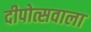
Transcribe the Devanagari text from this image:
दीपोत्सवाला